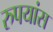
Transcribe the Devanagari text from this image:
रुपयांस